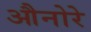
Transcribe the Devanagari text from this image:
औनोरे